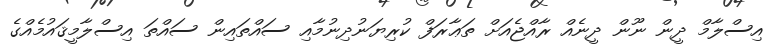
އިސްލާމް ދީން ނޫން ދީނެއް ރާއްޖެއަށް ތަޢާރަފް ކުރިޔަނުދިނުމާއި ސައްތައިން ސައްތަ އިސްލާމީޤައުމެއްގެ